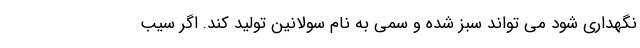
نگهداري شود مي تواند سبز شده و سمي به نام سولانين توليد كند. اگر سيب